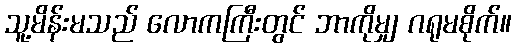
သူ့မိန်းမသည် လောကကြီးတွင် ဘာကိုမျှ ဂရုမစိုက်။